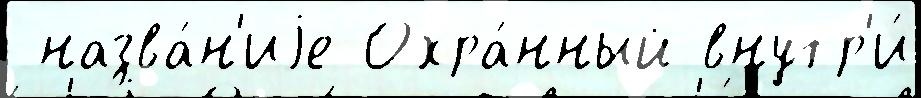
 назва́н'иjе Охра́нный внутр'и́